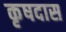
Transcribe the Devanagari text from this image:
कृषदास